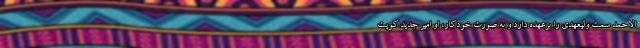
الاحمد سمت ولیعهدی را برعهده دارد و به صورت خودکار، او امیر جدید کویت